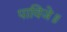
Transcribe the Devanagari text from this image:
पाविजे॥